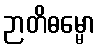
ဉာတိဓမ္မော